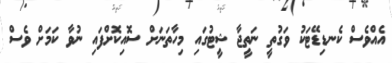
އެއްވެސް ކެނޑިޑޭޓަކު ވަގުތީ ނަތީޖާ ޝީޓުގައި މިހާތަނަށް ސޮއިކޮށްފައި ނުވާ ކަމަށް ވެސް